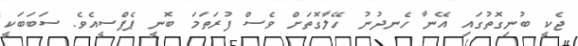
ޖެކީ ބުނިގޮތުގައި އޭނާ ހެނދުނު ހޭލާގޮތަށް ވެސް ފުރަތަމަ ބޮނީ ޕެޕްސީއެވެ. ސަބަބަކީ